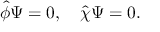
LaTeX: \widehat { \phi } \Psi = 0 , \quad \widehat { \chi } \Psi = 0 .